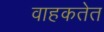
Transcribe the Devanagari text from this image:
वाहकतेत